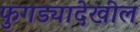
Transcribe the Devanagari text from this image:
फुगड्यादेखील